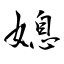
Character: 媳